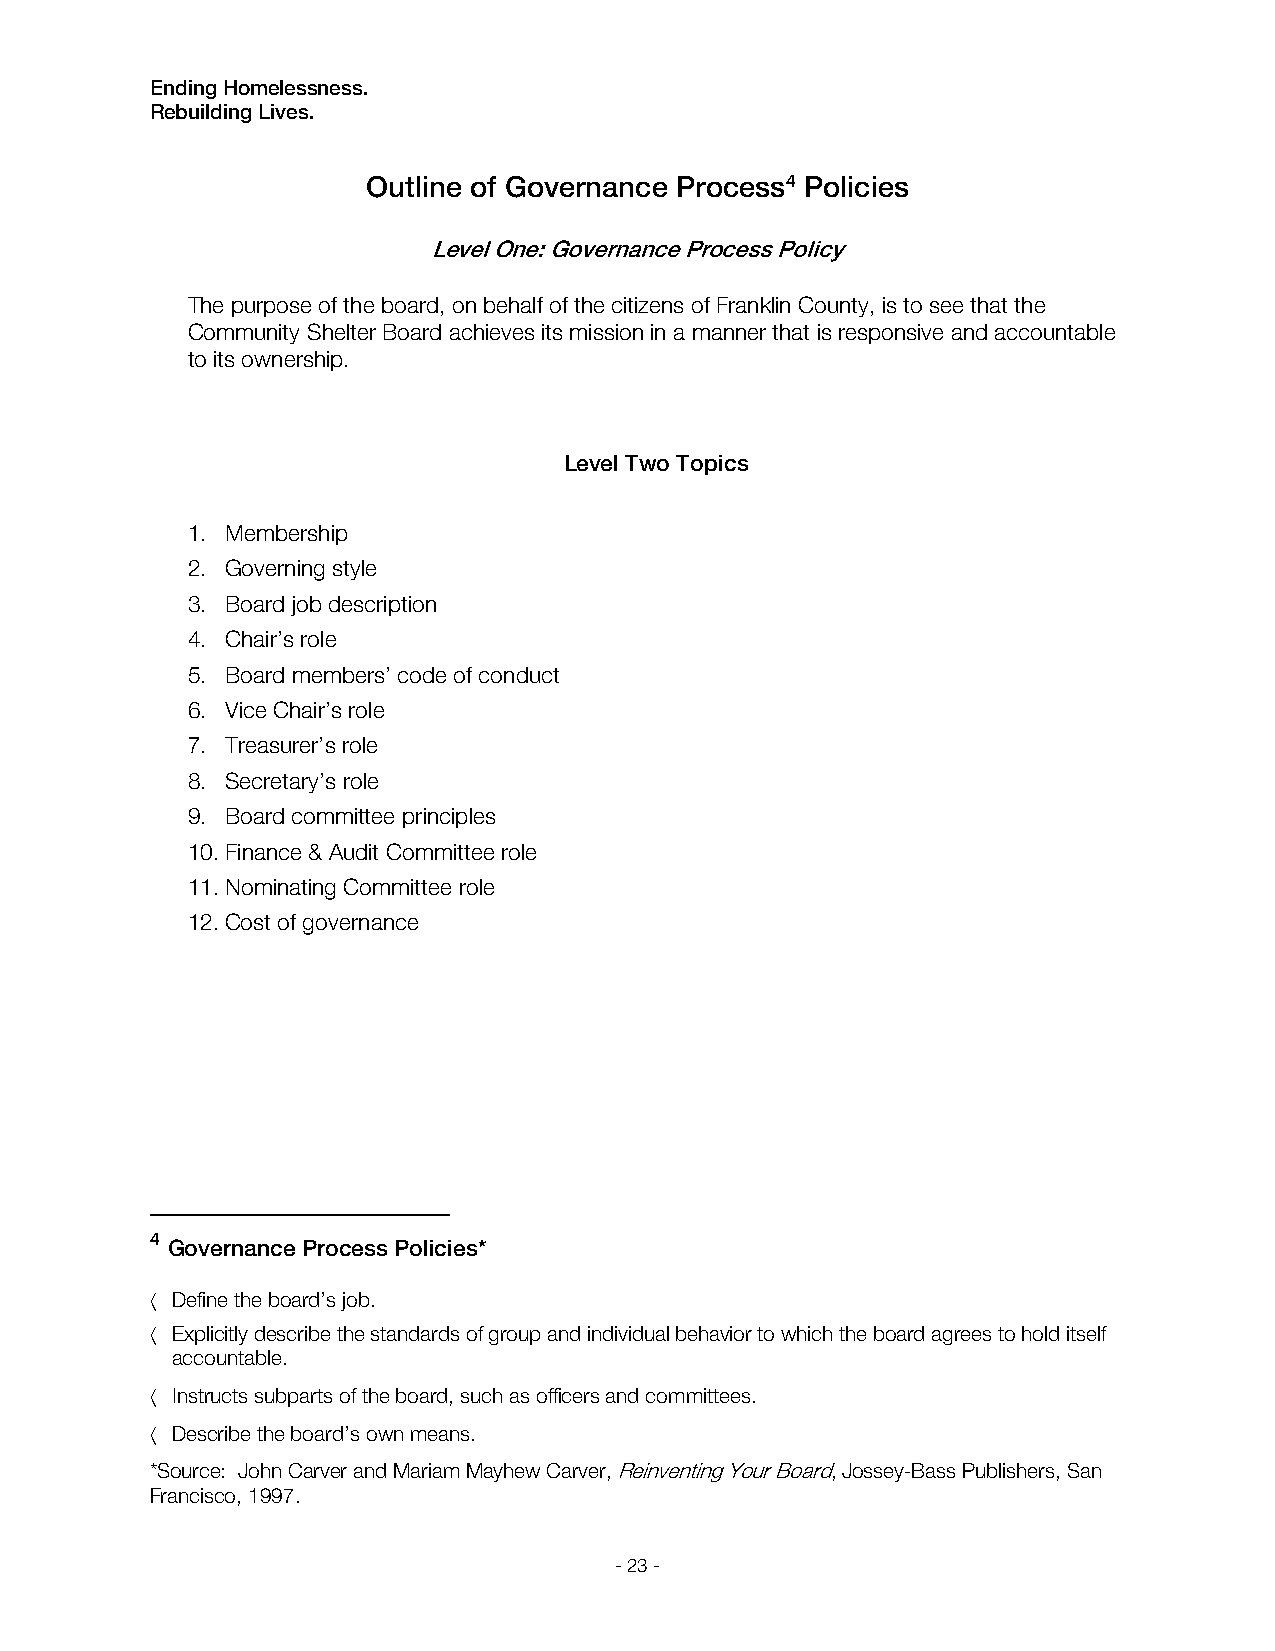
Ending Homelessness.
 Rebuilding Lives.
 Outline of Governance Process4 Policies
 Level One: Governance Process Policy
 The purpose of the board, on behalf of the citizens of Franklin County, is to see that the
 Community Shelter Board achieves its mission in a manner that is responsive and accountable
 to its ownership.
 Level Two Topics
 1. Membership
 2. Governing style
 3. Board job description
 4. Chair’s role
 5. Board members’ code of conduct
 6. Vice Chair’s role
 7. Treasurer’s role
 8. Secretary’s role
 9. Board committee principles
 10. Finance & Audit Committee role
 11. Nominating Committee role
 12. Cost of governance
 4
 Governance Process Policies*
  Define the board’s job.
  Explicitly describe the standards of group and individual behavior to which the board agrees to hold itself
 accountable.
  Instructs subparts of the board, such as officers and committees.
  Describe the board’s own means.
 *Source: John Carver and Mariam Mayhew Carver, Reinventing Your Board, Jossey-Bass Publishers, San
 Francisco, 1997.
 - 23 -